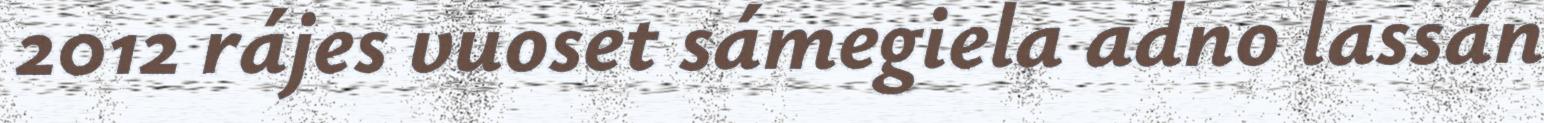
2012 rájes vuoset sámegiela adno lassán